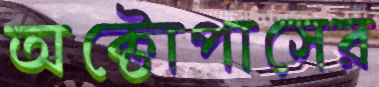
অক্টোপাসের